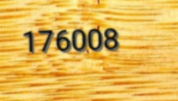
176008